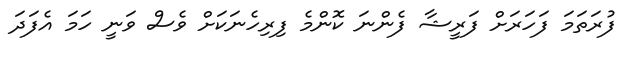
ފުރަތަމަ ފަހަރަށް ފަރީޝާ ފެންނަ ކޮންމެ ފިރިހެނަކަށް ވެސް ވަނީ ހަމަ އެފަދަ